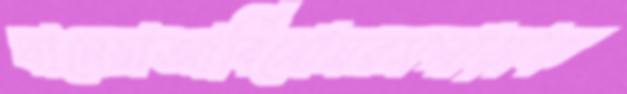
বানেয়াআর্বিত্রোমরমপাড়াক